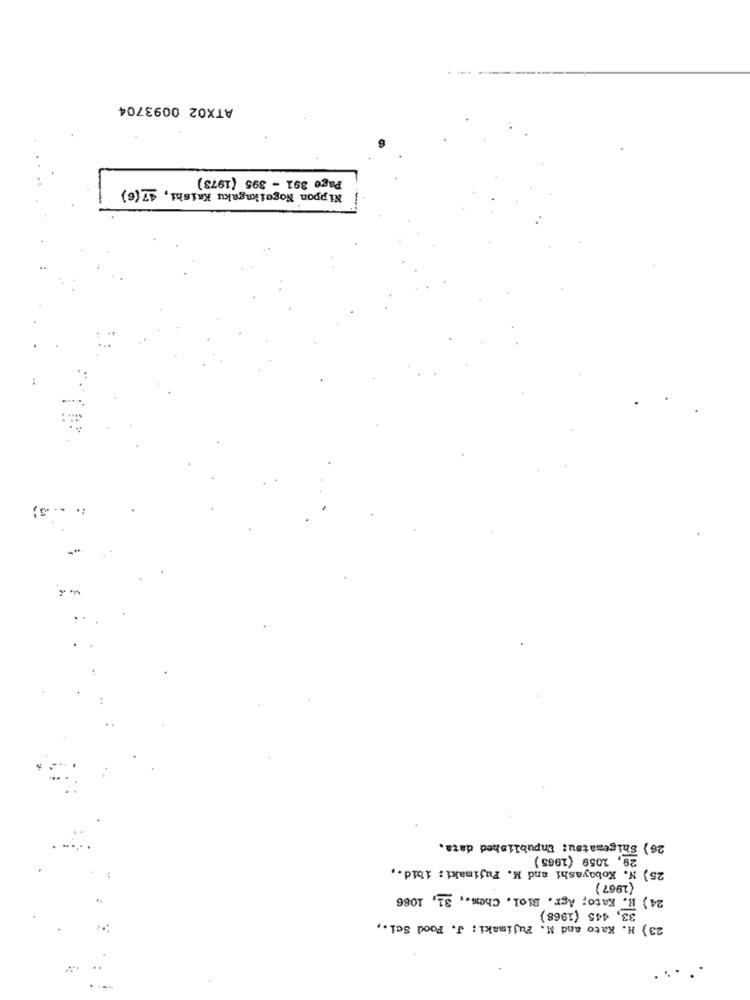
ATX02 0093704
Page 391 - 395 (1973)
Nippon Nogeikngaku Kaishi, 47(6)
:. .. 3;
26) Shigematsu: Unpublished data.
29, 1059 (2965)
25) N. Kobayashi and M. Fujimaki: ibid .,
(1967)
24) H. Kato; Agr. Biol. Chem ., 31, 1086
33, 445 (1968)
23) H. Kato and M. Fujimaki : J. Food Sci .,